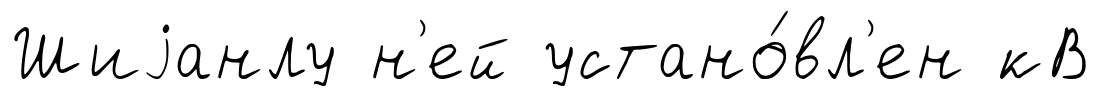
Шиjанлу н'ей устано́вл'ен кВ